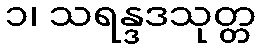
၁၊ သရန္ဒဒသုတ္တ